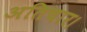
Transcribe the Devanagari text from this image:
अतिचार।